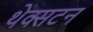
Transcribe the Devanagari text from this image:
थेक्सटन